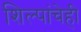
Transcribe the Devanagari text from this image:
शिल्पांचेही